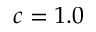
c = 1 . 0